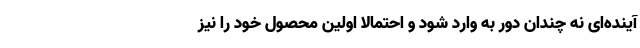
آینده‌ای نه چندان دور به وارد شود و احتمالا اولین محصول خود را نیز